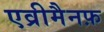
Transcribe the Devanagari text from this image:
एव्रीमैनफ़